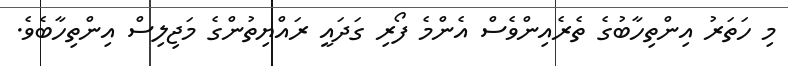
މި ހަތަރު އިންތިހާބުގެ ތެރެއިންވެސް އެންމެ ފޯރި ގަދައީ ރައްޔިތުންގެ މަޖިލިސް އިންތިހާބެވެ.